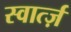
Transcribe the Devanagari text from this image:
स्वार्त्ज़